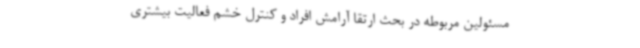
مسئولین مربوطه در بحث ارتقا آرامش افراد و کنترل خشم فعالیت بیشتری